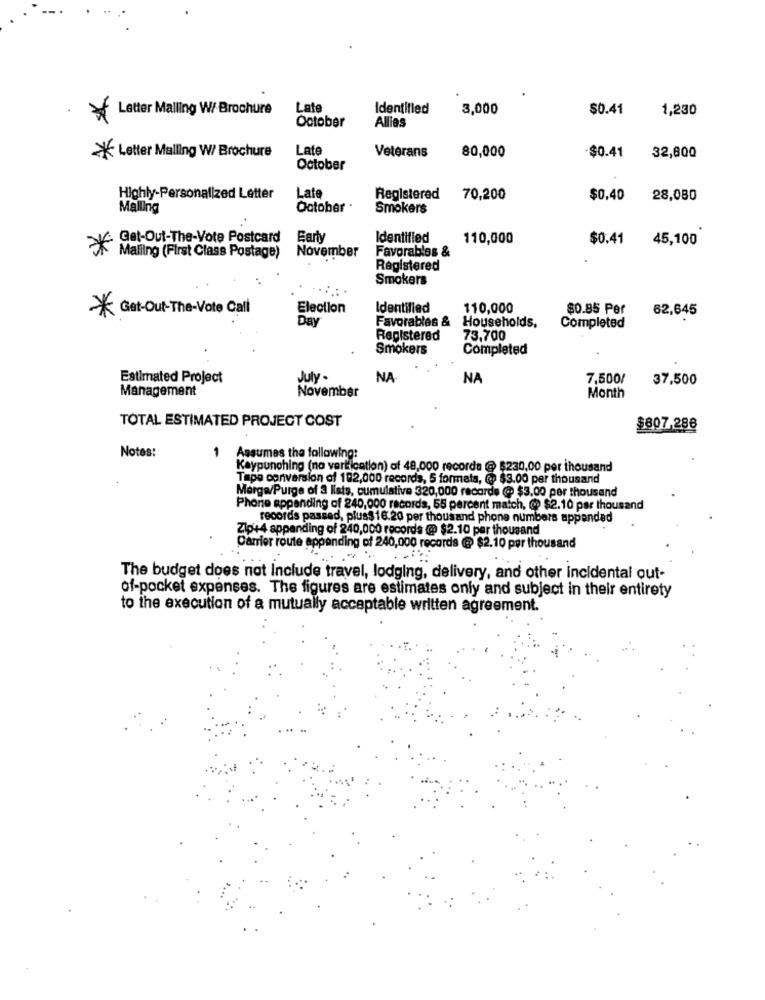
Letter Malling W/ Brochure
Late
Identified
3,000
$0.41
1,230
*
October
Allies
Late
Veterans
* Letter Malling W/ Brochure
80,000
-$0.41
32,800
October
Late
Highly-Personalized Letter
Registered
70,200
$0.40
28,080
Malling
October .
Smokers
Get-Out-The-Vote Postcard
Earty
Identified
110,000
$0.41
45,100
*
Favorables &
Malling (First Class Postage)
November
Registered
Smokers
* Get-Out-The-Vote Cal
Election
Identified
110,000
$0.85 Per
62,645
Day
Favorables &
Households,
Completed
Registered
73,700
Smokers
Completed
Estimated Project
July .
NA
NA
7,500/
37,500
Management
November
Month
TOTAL ESTIMATED PROJECT COST
$807.286
Notes:
1 Assumes the following:
Keypunching (na vartication) of 48,000 records @ $230,00 per thousand
Tapo conversion of 182,000 records, 5 formats, @ $3.00 per thousand
Morga/Purge of 3 lists, cumulative 320,000 records (@ $3.00 per thousand
Phone appending of 240,000 records, 55 percent match, @ $2.10 par thousand
records passed, plus$ 16.20 per thousand phone numbers appended
Zip+4 appanding of 240,000 records @ $2.10 per thousand
Carrier route appending of 240,000 records @ $2.10 per thousand
The budget does not Include travel, lodging, delivery, and other incidental out-
of-pocket expenses. The figures are estimates only and subject in their entirety
to the execution of a mutually acceptable written agreement.